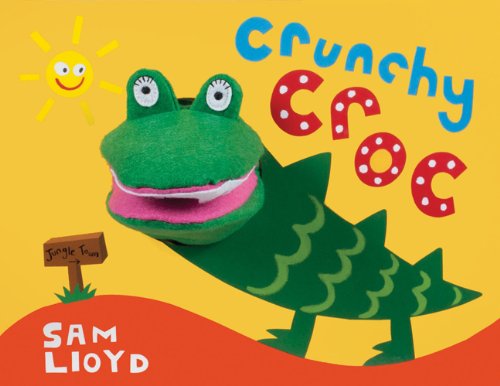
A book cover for Crunchy Croc (Animal Puppet Play); Sam Lloyd; Children's Books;